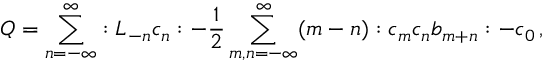
{ \cal Q } = \sum _ { n = - \infty } ^ { \infty } : L _ { - n } c _ { n } : - \frac { 1 } { 2 } \sum _ { m , n = - \infty } ^ { \infty } ( m - n ) : c _ { m } c _ { n } b _ { m + n } : - c _ { 0 } \, ,